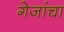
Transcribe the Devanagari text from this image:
गेजांचा